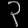
Digit: ၃